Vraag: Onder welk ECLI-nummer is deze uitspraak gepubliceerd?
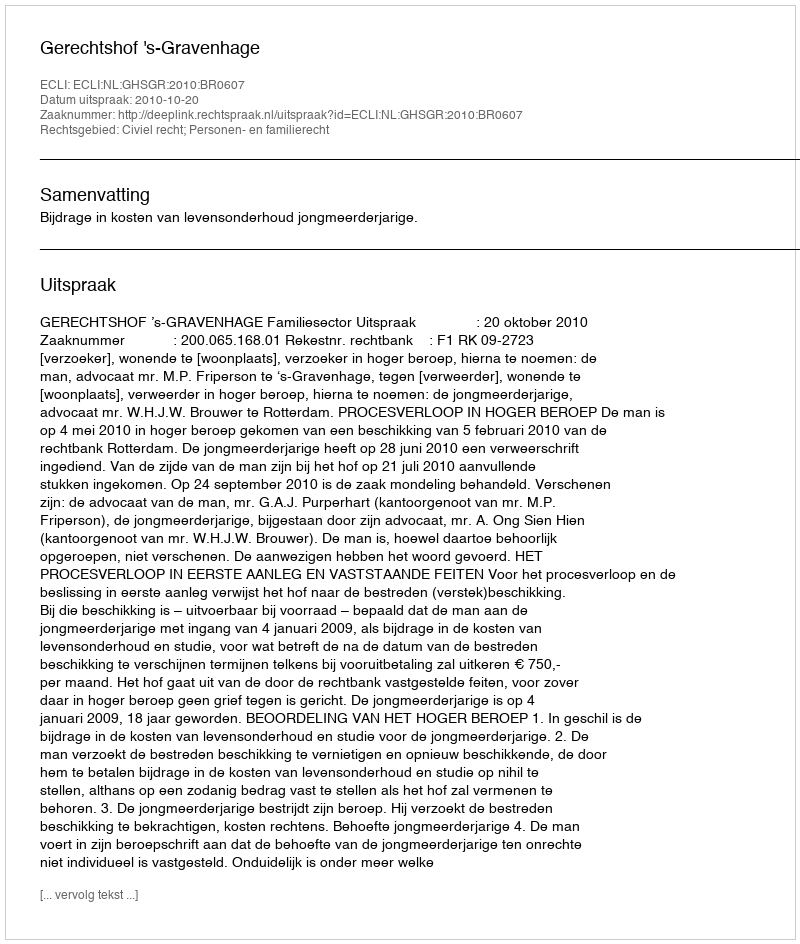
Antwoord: ECLI:NL:GHSGR:2010:BR0607